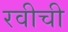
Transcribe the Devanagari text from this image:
रवीची